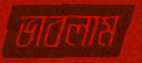
ভাবলাম